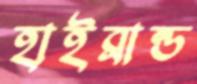
হাইব্রান্ড